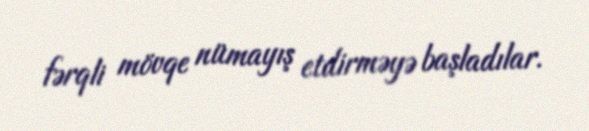
fərqli mövqe nümayış etdirməyə başladılar.